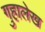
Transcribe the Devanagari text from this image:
गुहालेख